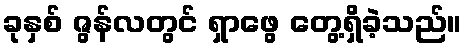
ခုနှစ် ဇွန်လတွင် ရှာဖွေ တွေ့ရှိခဲ့သည်။